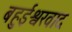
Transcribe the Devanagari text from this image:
बहुईश्वरवाद